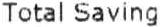
TOTAL SAVING